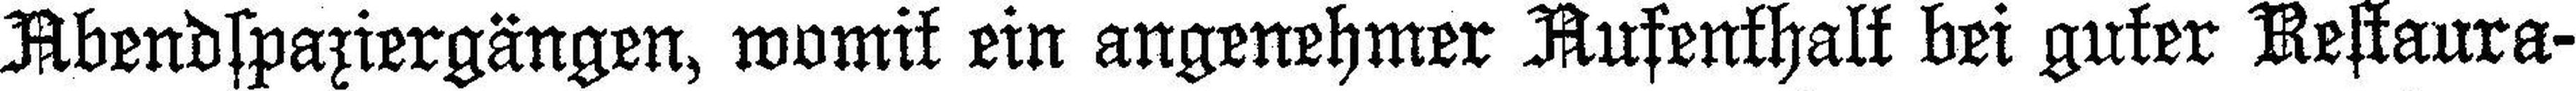
Abendpaziergängen, womit ein angenehmer Aufenthalt bei guter Restaura¬